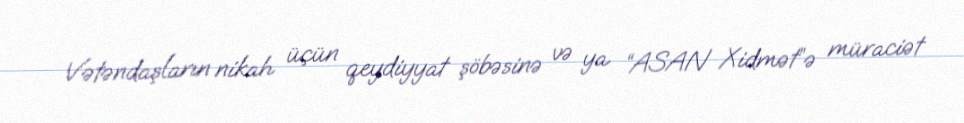
Vətəndaşların nikah üçün qeydiyyat şöbəsinə və ya “ASAN Xidmət”ə müraciət